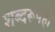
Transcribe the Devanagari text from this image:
शब्दरूपेही